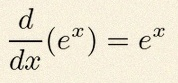
\frac{d}{dx}(e^x)=e^x